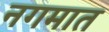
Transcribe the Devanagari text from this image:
नगमात